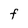
Character: O